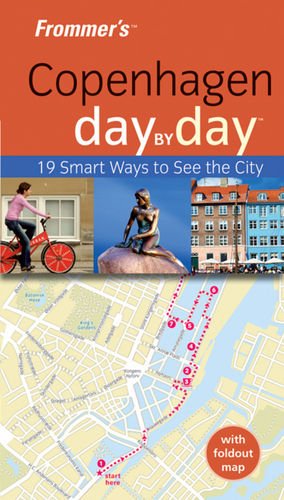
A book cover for Frommer's Copenhagen Day by Day (Frommer's Day by Day - Pocket); Sasha Heseltine; Travel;